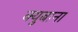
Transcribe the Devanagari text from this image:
क्युबाना